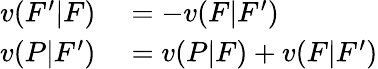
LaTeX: \begin{array}{rl}{v(F^{\prime}|F)}&{{}=-v(F|F^{\prime})}\\ {v(P|F^{\prime})}&{{}=v(P|F)+v(F|F^{\prime})}\end{array}